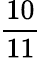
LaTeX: \frac{10}{11}